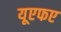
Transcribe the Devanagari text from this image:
यूएफए